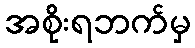
အစိုးရဘက်မှ